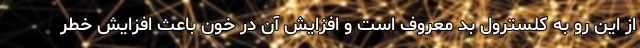
از این رو به کلسترول بد معروف است و افزایش آن در خون باعث افزایش خطر